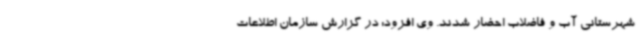
شهرستانی آب و فاضلاب احضار شدند. وی افزود: در گزارش سازمان اطلاعات